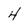
Character: 4